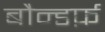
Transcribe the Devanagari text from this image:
बौन्डर्फ़